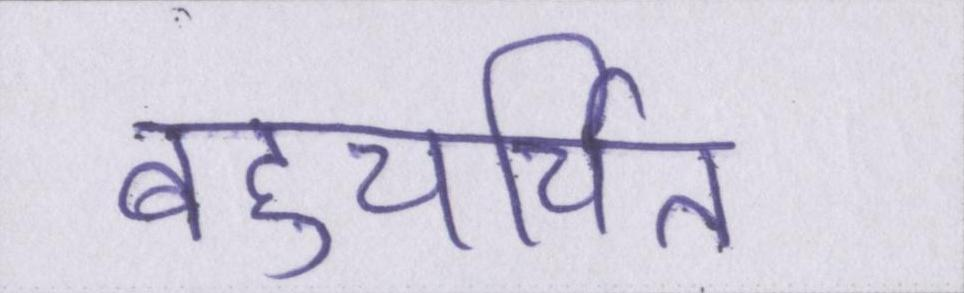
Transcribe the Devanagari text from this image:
बहुचर्चित